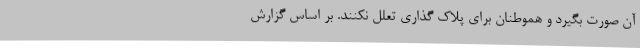
آن صورت بگیرد و هموطنان برای پلاک گذاری تعلل نکنند. بر اساس گزارش